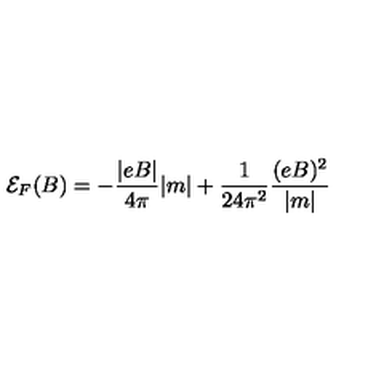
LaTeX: { \cal { E } } _ { F } ( B ) = - \frac { | e B | } { 4 \pi } | m | + \frac { 1 } { 2 4 { \pi } ^ { 2 } } \frac { ( e B ) ^ { 2 } } { | m | }